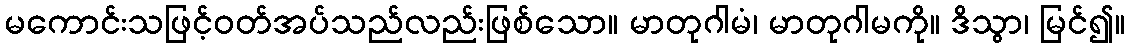
မကောင်းသဖြင့်ဝတ်အပ်သည်လည်းဖြစ်သော။ မာတုဂါမံ၊ မာတုဂါမကို။ ဒိသွာ၊ မြင်၍။